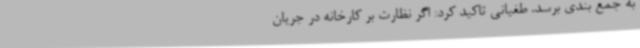
به جمع بندی برسد. طغیانی تاکید کرد: اگر نظارت بر کارخانه در جریان